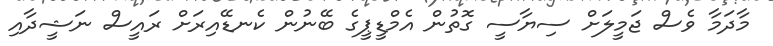
މާދަމާ ވެސް ޖަމީލަށް ސިޔާސީ ގޮތުން އެމްޑީޕީގެ ބޭނުން ކެނޑޭއިރަށް ރައީސް ނަޝީދާއި